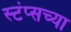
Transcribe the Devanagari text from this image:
स्टंप्सच्या